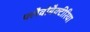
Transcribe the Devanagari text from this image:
फ्लैवोबैक्टीरिया